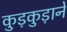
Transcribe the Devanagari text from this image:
कुड़कुड़ाने